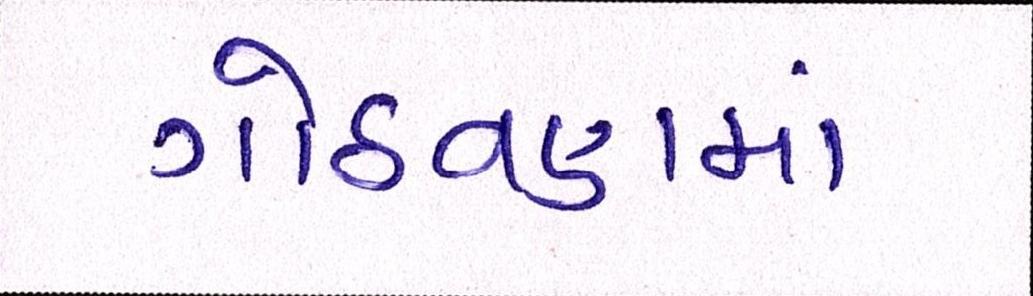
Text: ગોઠવણમાં